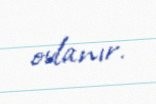
ovlanır.